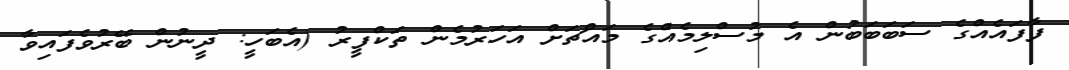
ފާފައެއްގެ ސަބަބަބުން އެ މުސްލިމެއްގެ މައްޗަށް އަހަރުމެން ތަކްފީރު (އެބަހީ: ދީނުން ބޭރުވެފައިވާ